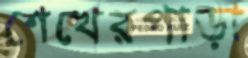
শেখেরপাড়া